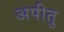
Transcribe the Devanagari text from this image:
अपीतु